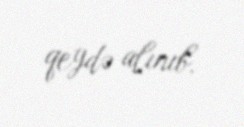
qeydə alınıb.